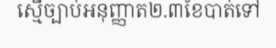
ស្មើច្បាប់អនុញ្ញាត២.៣ខែបាត់ទៅ